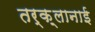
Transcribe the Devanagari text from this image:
तर्क़्लानाई